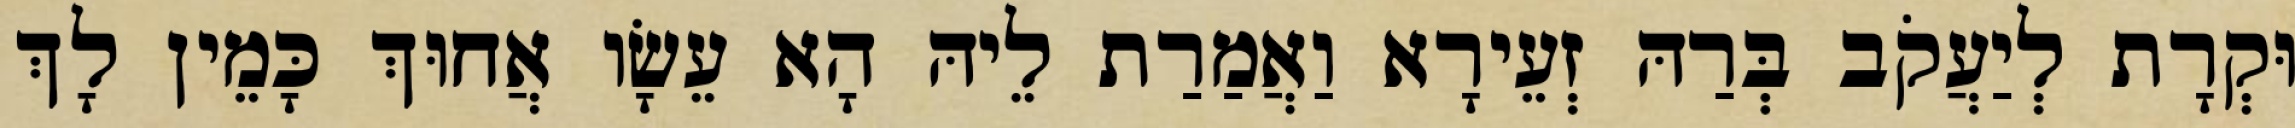
וּקְרָת לְיַעֲקֹב בְּרַהּ זְעֵירָא וַאֲמַרַת לֵיהּ הָא עֵשָׂו אֲחוּךְ כָּמֵין לָךְ